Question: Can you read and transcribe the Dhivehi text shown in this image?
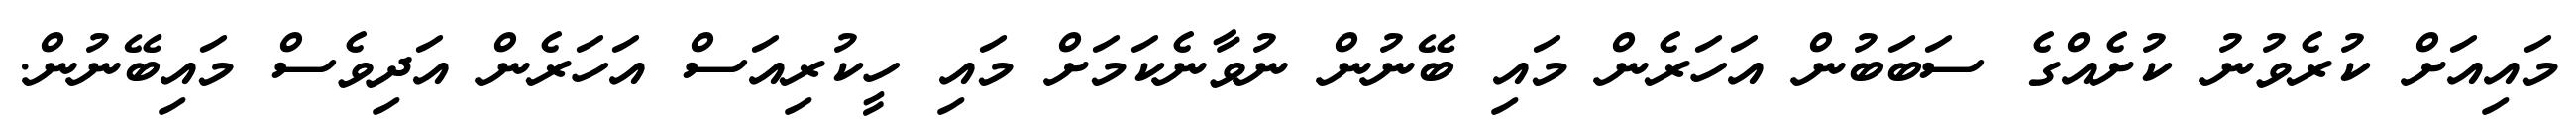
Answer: މައިއަށް ކުރެވުނު ކުށެއްގެ ސަބަބުން އަހަރެން މައި ބޭނުން ނުވާނެކަމަށް މައި ހީކުރިއަސް އަހަރެން އަދިވެސް މައިބޭނުން.